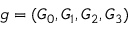
g = ( G _ { 0 } , G _ { 1 } , G _ { 2 } , G _ { 3 } )